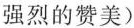
强烈的赞美)